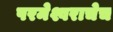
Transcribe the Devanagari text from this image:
परमेश्वराचेच